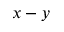
x - y